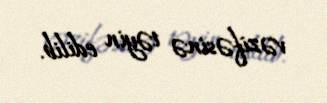
vəzifəsinə təyin edilib.